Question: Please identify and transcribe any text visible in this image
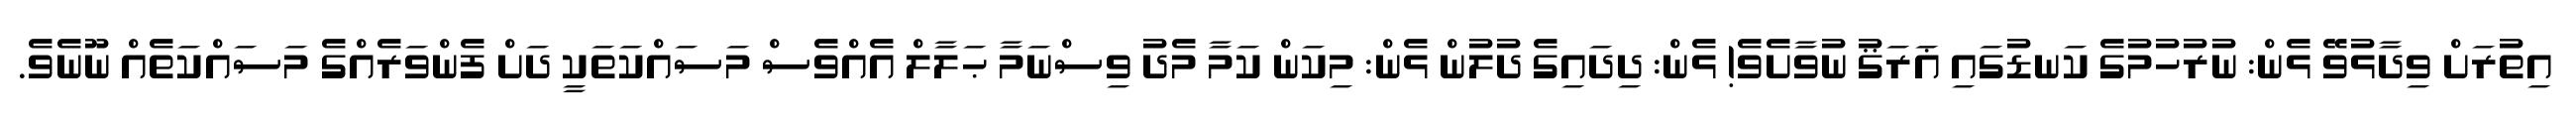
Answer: އިތުރަށް ވިދާޅުވޭ ޅެން: ނުރުހުމުގެ ކަނޑުގައި ޣަރަޤު ނުވާށެވެ! ޅެން: ދިދައިގެ ދުލުން ޅެން: މިކަން ކަމާ މެދު ވިސްނަމާ ޙަލާލް އެއްވެސް މަސައްކަތަކީ ދަށް ފެންވަރެއްގެ މަސައްކަތެއް ނޫނެވެ.